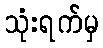
သုံးရက်မှ